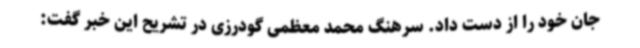
جان خود را از دست داد. سرهنگ محمد معظمی گودرزی در تشریح این خبر گفت: